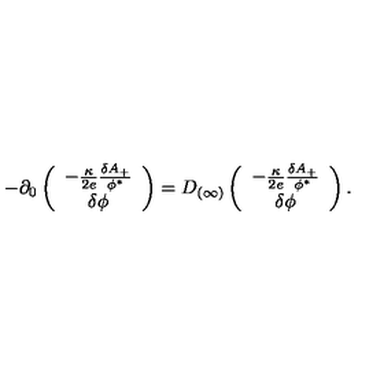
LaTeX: - \partial _ { 0 } \left( \begin{array} { c } { - { \frac { \kappa } { 2 e } } { \frac { \delta A _ { + } } { \phi ^ { * } } } } \\ { \delta \phi } \\ \end{array} \right) = D _ { ( \infty ) } \left( \begin{array} { c } { - { \frac { \kappa } { 2 e } } { \frac { \delta A _ { + } } { \phi ^ { * } } } } \\ { \delta \phi } \\ \end{array} \right) .